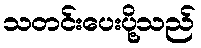
သတင်းပေးပို့သည်